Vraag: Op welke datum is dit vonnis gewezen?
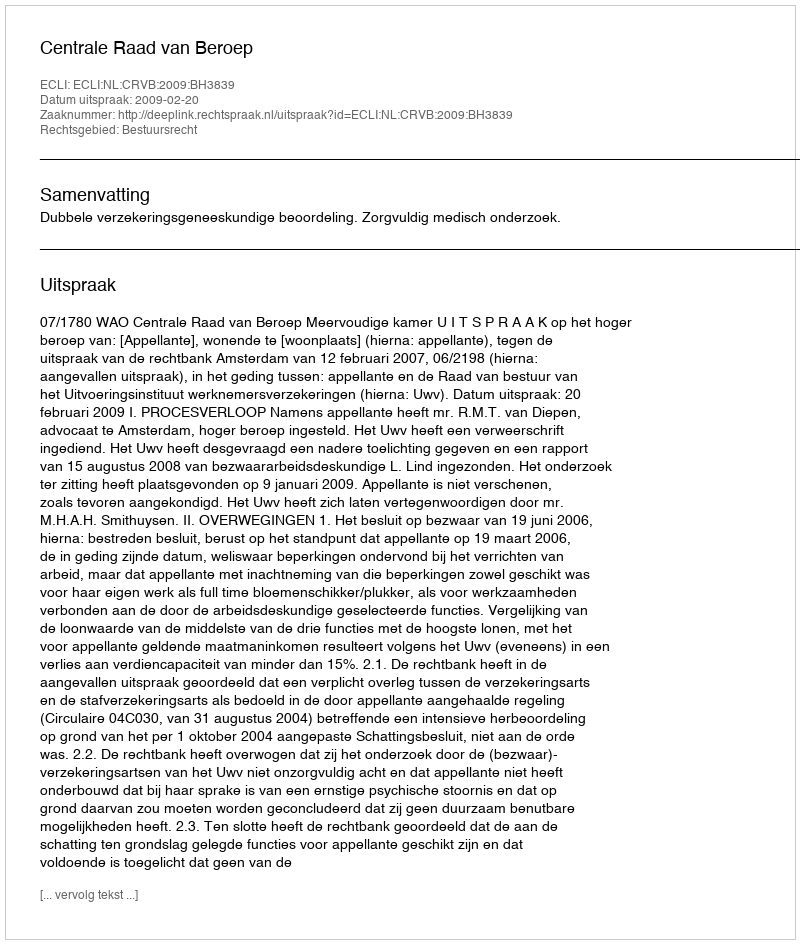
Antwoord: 2009-02-20